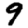
Digit: 9